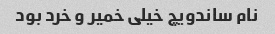
نام ساندویچ خیلی خمیر و خرد بود